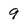
Character: 9